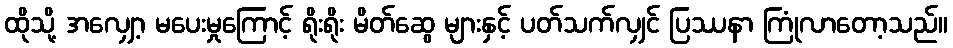
ထိုသို့ အလျှော့ မပေးမှုကြောင့် ရိုးရိုး မိတ်ဆွေ များနှင့် ပတ်သက်လျှင် ပြဿနာ ကြုံလာတော့သည်။